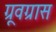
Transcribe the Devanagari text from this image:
ग्रूवग्रास